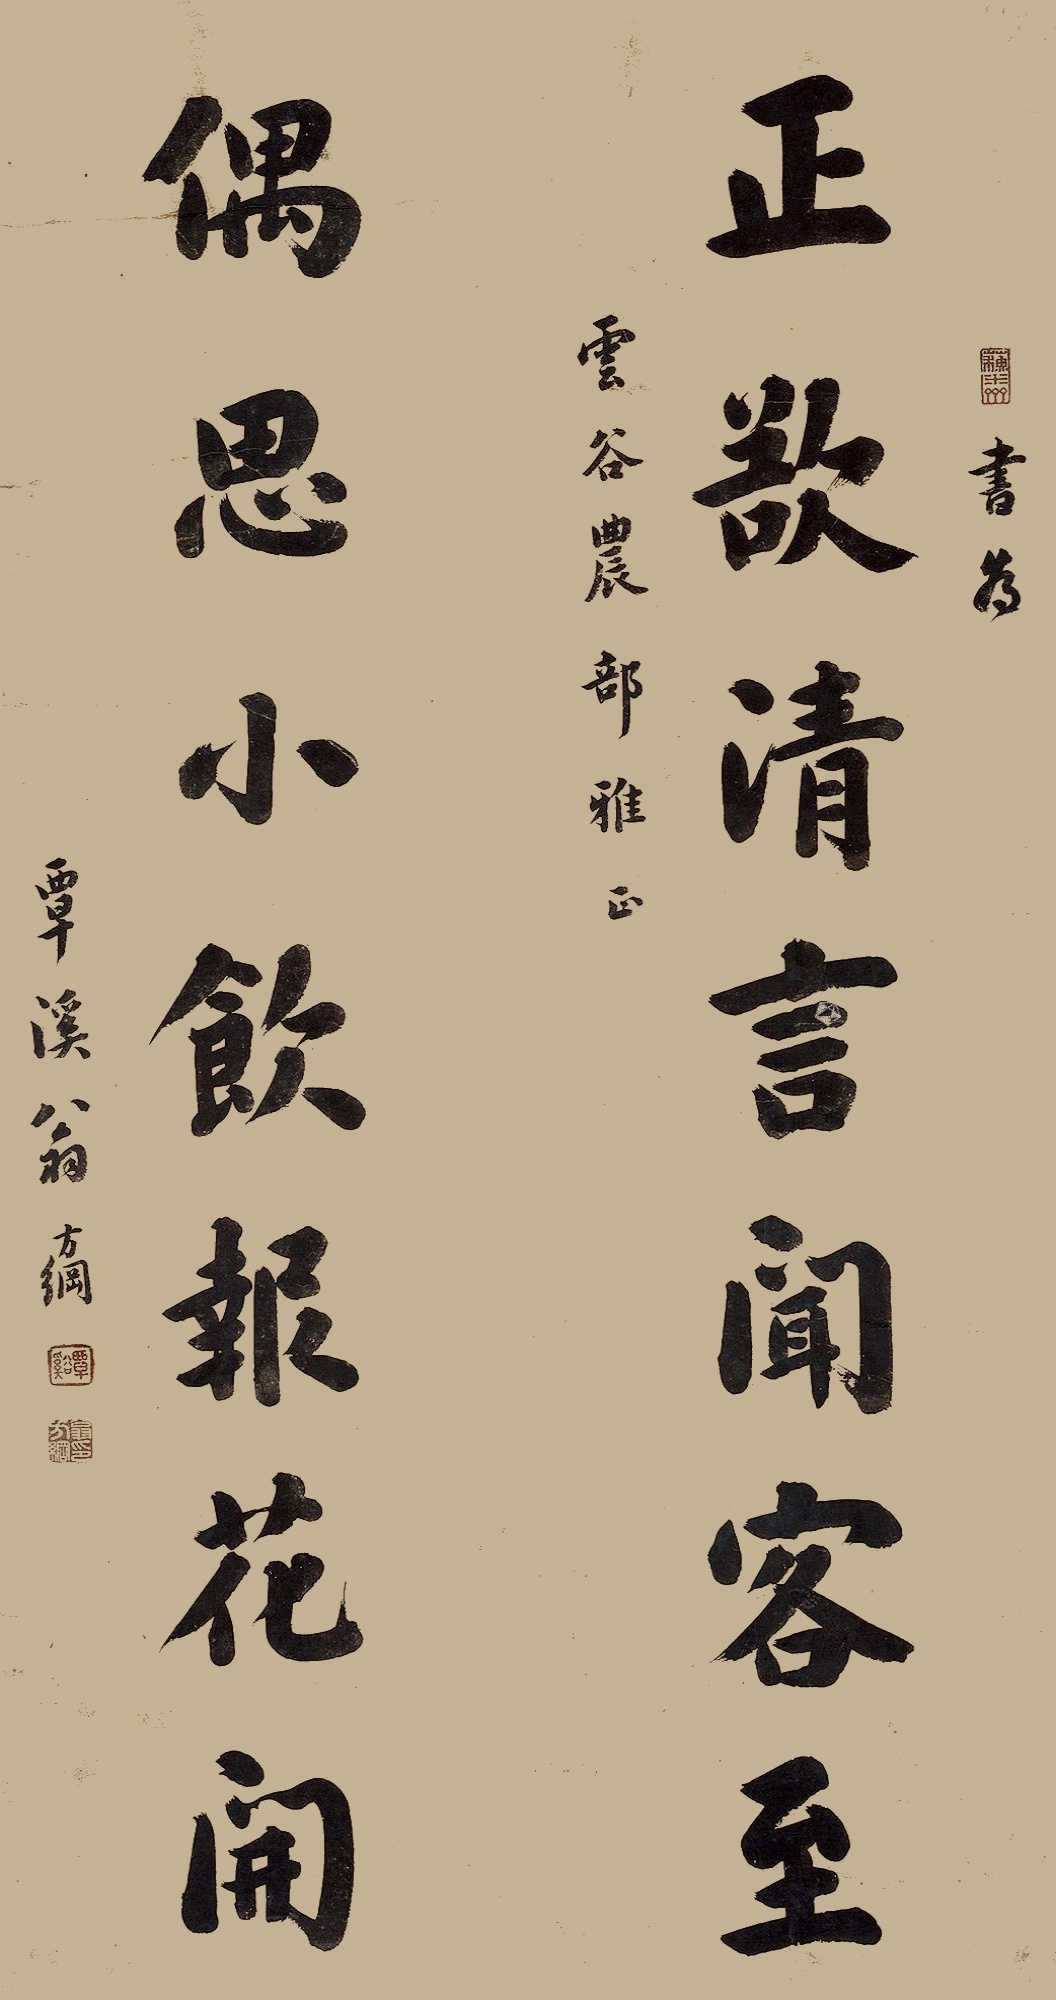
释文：正欲清言闻客至，偶思小饮报花开。书为云谷农部雅正，覃溪翁方纲。